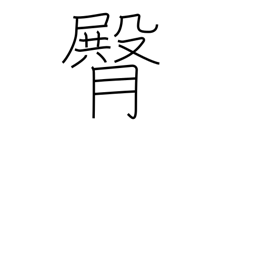
Meaning: buttocks